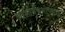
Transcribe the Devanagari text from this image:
आशीर्वचनोपरांत